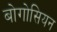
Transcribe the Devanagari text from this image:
बोगोसियन